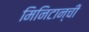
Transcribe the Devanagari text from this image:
मिनिटान्ची